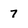
Character: 7